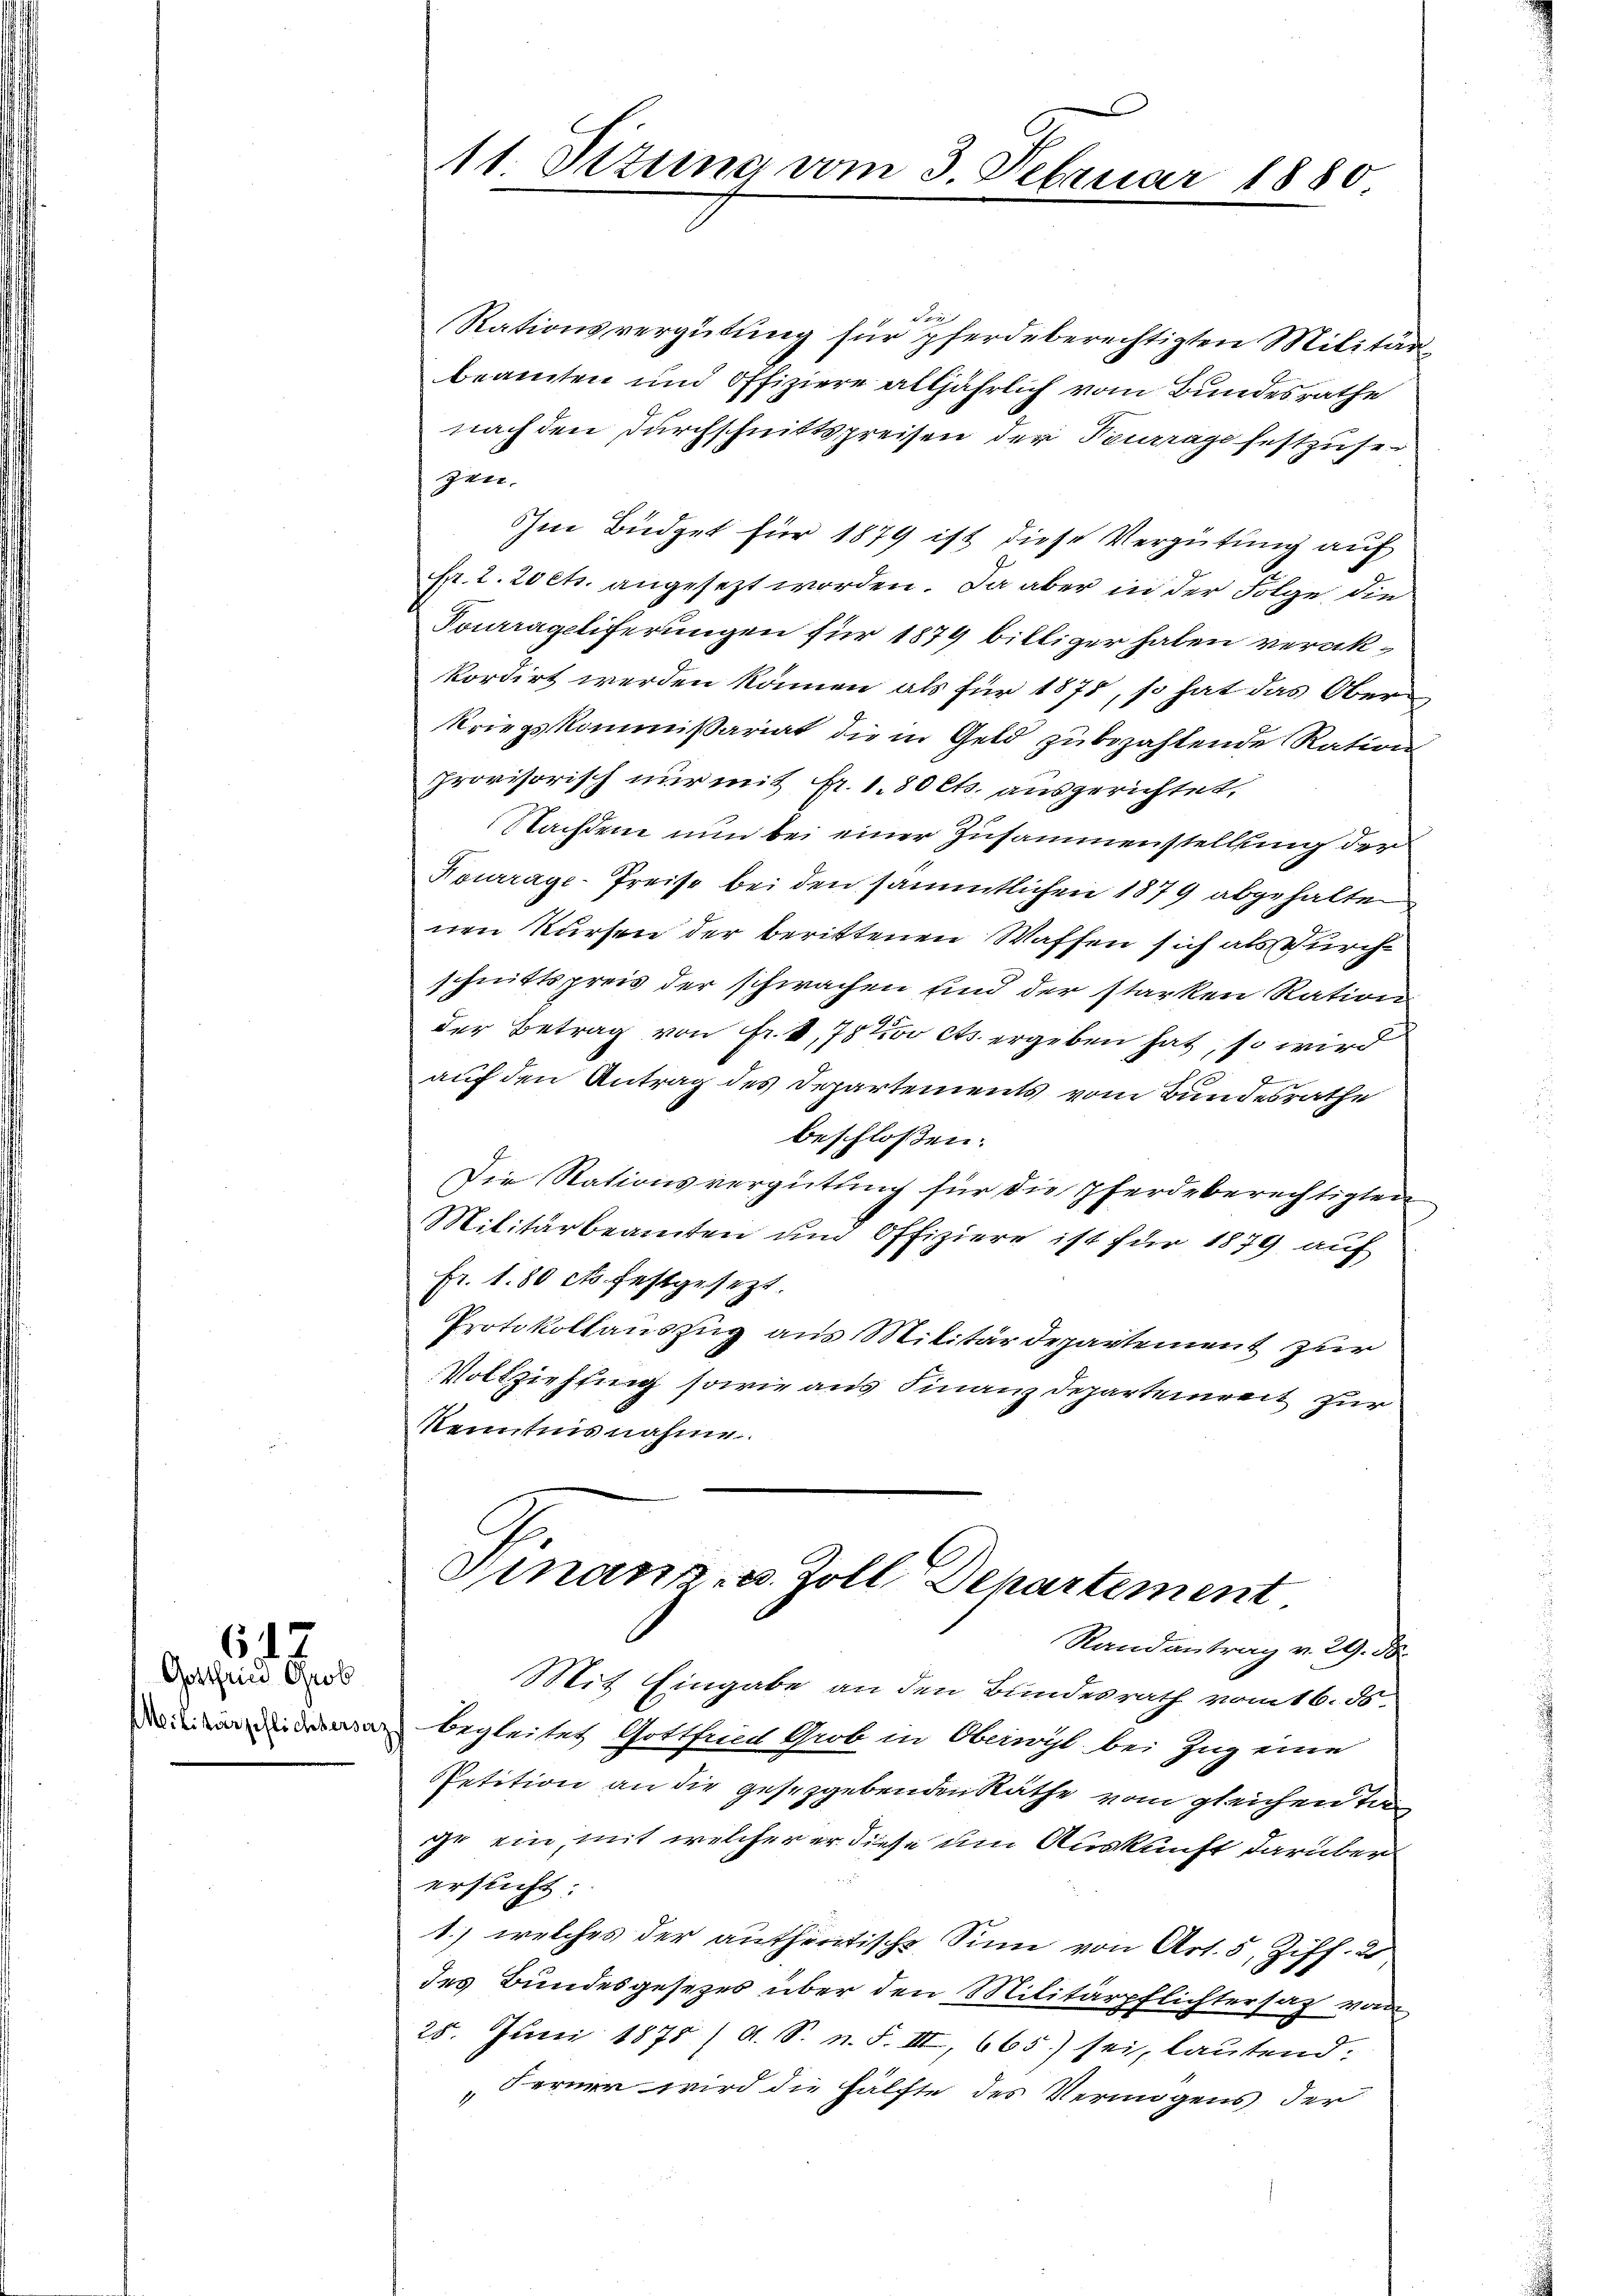
Gotthein Grob

642

11. Situng vom 3. Februar

Rationsvergütung für pferdeberechtigten Militärbeamten und Offiziere alljährlich vom Bundesrathe
nach den Durchschnittspreisen der Teurrage festzusezen.
Im Büdget für 1879 ist diese Vergütung auf
Ffr. 2. 20 cts. angesezt worden. Da aber in der Folge die
Fourageliferungen für 1879 billiger haben verakkordirt werden können als für 1878, so hat das Ober¬
Kriegskommissariat die in Geld zu bezahlende Ration
Provisorisch nur mit fr. 1.50 Cts. ausgerichtet,
Nachdem nun bei einer Zusammenstellung der
Kourrage-Preise bei den sämmtlichen 1879 abgehalten
nen Kursen der berittenen Waffen sich als Durchschnittspreis der schwachen und der starken Ration
der Betrag von Fr. 1,75t cts. ergeben hat, so wird
auf den Antrag des Departements vom Bundesrathe
beschloßen:
Die Stationsvergütung für die Pferdeberechtigten
Militärbeamten und Offiziere ist für 1879 auf
fr. 1.50 cto festgesezt.
Protokollauszug aus Militärdepartement zur
Vollziehung sowie aus Finanz Departeireit zur
Kenntnisnahme
Gmnanz- u. Zoll Dehartement
Randantrag v. 29. 58.
Mit Eingabe an den Bundesrath vom 16. ds.
Dein begleites Gottfunt Grob in Oberögl, bei Ing eine
Petition an die gesetzgebenden Räthe vom gleichen Tage ein, mit welcher er diese um Auskunft darüber
ersucht:
1.) welches der authentische Sinn von Art. 5, Ziff. 2
des Bundesgesezes über den Militärpflichtersatz von
25. Juni 1875 / A. S. n. F. III 665.) sei, lautend.
Ferner wird die Hälfte des Vermögens der

1880